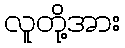
လူတို့အား